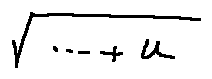
\sqrt { \cdots + u }